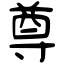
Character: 尊